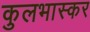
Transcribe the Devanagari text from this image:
कुलभास्कर